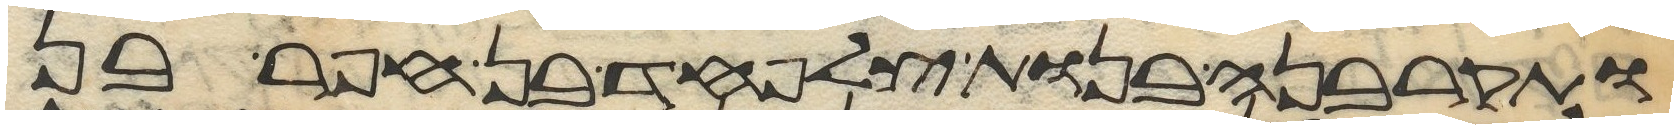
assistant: ותקרבנה בנות צלפחד בן חפר בן